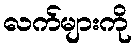
လက်များကို